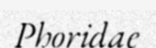
Phoridae